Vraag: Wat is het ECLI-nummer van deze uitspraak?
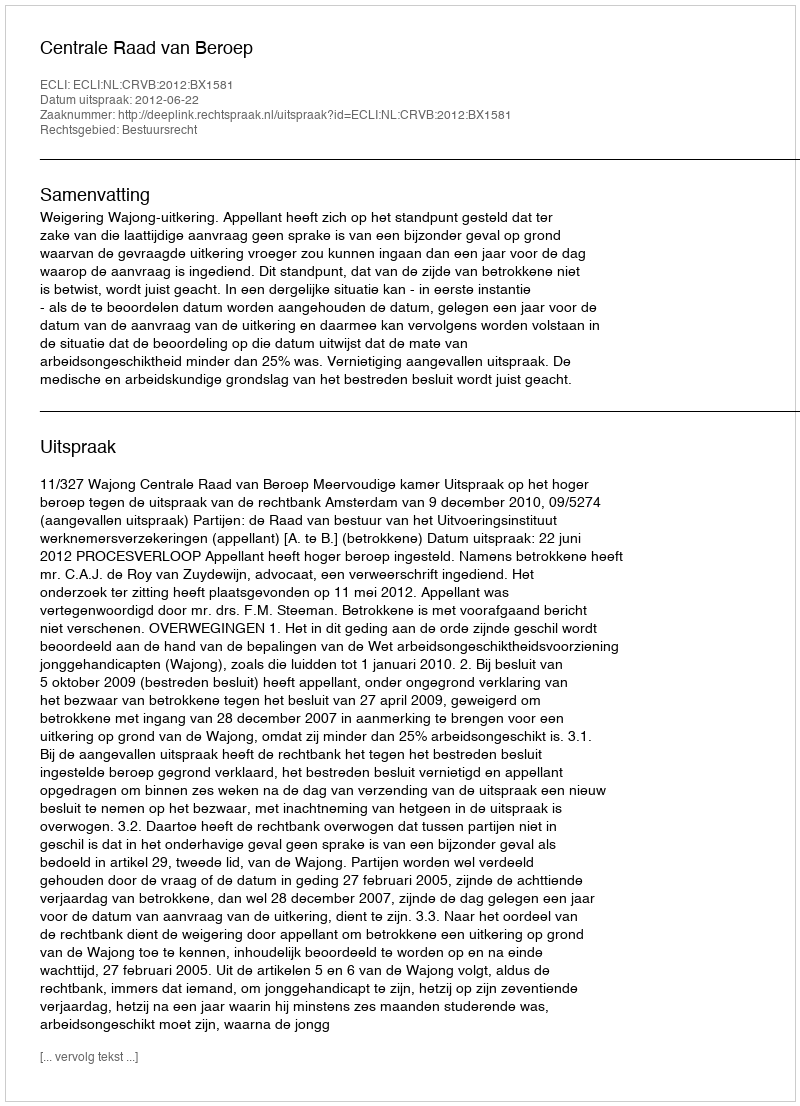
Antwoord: ECLI:NL:CRVB:2012:BX1581